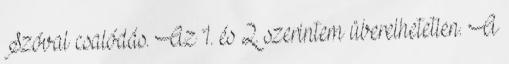
Szóval csalódás. Az 1. és 2. szerintem überelhetetlen. A